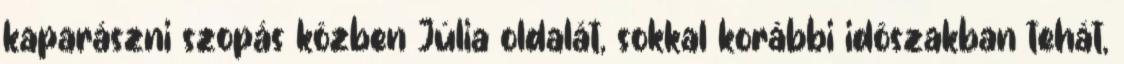
kaparászni szopás közben Júlia oldalát, sokkal korábbi idõszakban tehát,